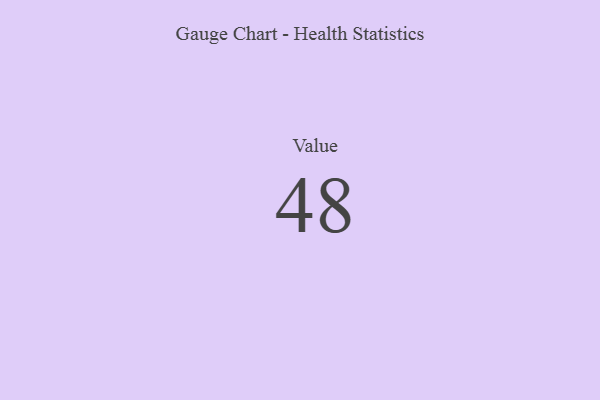
{"axis": {"x": "Metric", "y": "Value"}, "legend": [""], "data": [{"x": "Value", "y": 48, "type": ""}]}